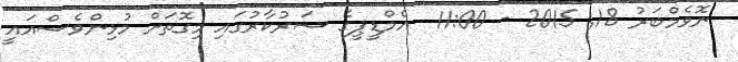
ނޮވެމްބަރު 18